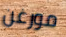
مورغن